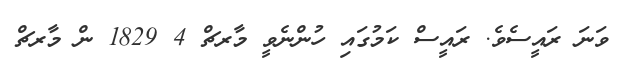
ވަނަ ރައީސެވެ. ރައީސް ކަމުގައި ހުންނެވީ މާރޗް 4 1829 ން މާރޗް